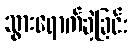
သွားရောက်ခဲ့ခြင်း